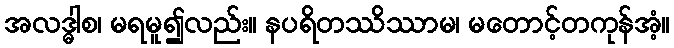
အလဒ္ဓါစ၊ မရမူ၍လည်း။ နပရိတဿိဿာမ၊ မတောင့်တကုန်အံ့။